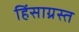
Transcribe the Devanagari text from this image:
हिंसाग्रस्त